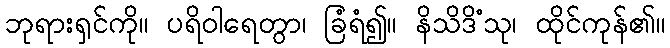
ဘုရားရှင်ကို။ ပရိဝါရေတွာ၊ ခြံရံ၍။ နိသိဒိံသု၊ ထိုင်ကုန်၏။